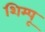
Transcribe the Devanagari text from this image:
शिम्पू